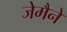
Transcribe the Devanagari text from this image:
जेमैने